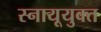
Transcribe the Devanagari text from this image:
स्नायूयुक्त